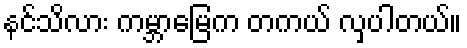
နင်သိလား ကမ္ဘာမြေက တကယ် လှပါတယ်။